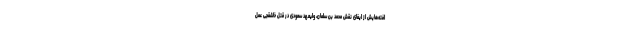
افته‌هایش از ایفای نقش محمد بن سلمان، ولیعهد سعودی در قتل خاشقجی عمل